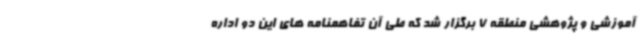
آموزشی و پژوهشی منطقه 7 برگزار شد که طی آن تفاهمنامه های این دو اداره